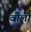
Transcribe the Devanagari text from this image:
वीलो